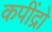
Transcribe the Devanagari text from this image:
कपींद्रो